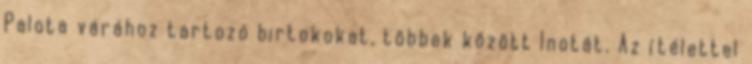
Palota várához tartozó birtokokat, többek között Inotát. Az ítélettel